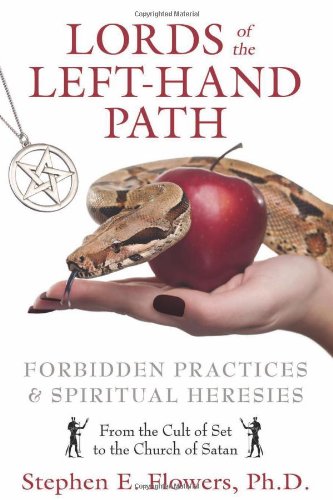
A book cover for Lords of the Left-Hand Path: Forbidden Practices and Spiritual Heresies; Stephen E. Flowers Ph.D.; Religion & Spirituality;